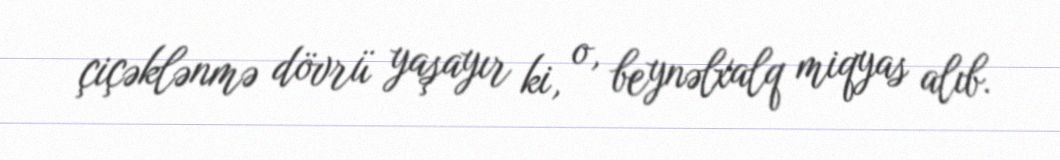
çiçəklənmə dövrü yaşayır ki, o, beynəlxalq miqyas alıb.